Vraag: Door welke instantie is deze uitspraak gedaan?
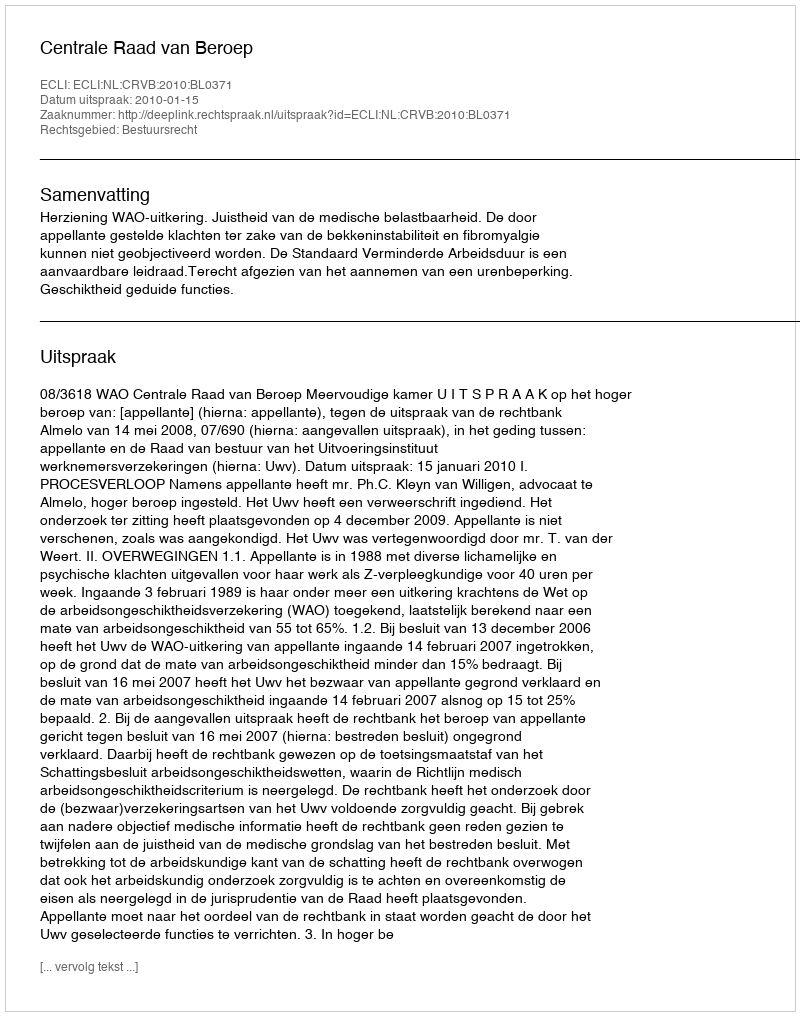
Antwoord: Centrale Raad van Beroep